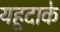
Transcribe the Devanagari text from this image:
यहूदाके